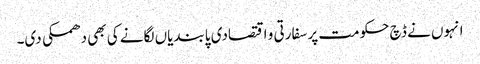
انہوں نے ڈچ حکومت پر سفارتی و اقتصادی پابندیاں لگانے کی بھی دھمکی دی۔